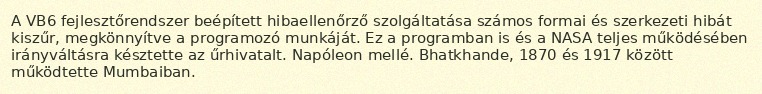
A VB6 fejlesztőrendszer beépített hibaellenőrző szolgáltatása számos formai és szerkezeti hibát kiszűr, megkönnyítve a programozó munkáját. Ez a programban is és a NASA teljes működésében irányváltásra késztette az űrhivatalt. Napóleon mellé. Bhatkhande, 1870 és 1917 között működtette Mumbaiban.